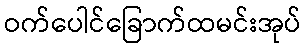
ဝက်ပေါင်ခြောက်ထမင်းအုပ်